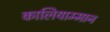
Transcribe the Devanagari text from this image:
कालियाम्मान